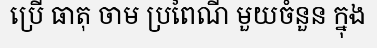
ប្រើ ធាតុ ចាម ប្រពៃណី មួយចំនួន ក្នុង